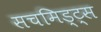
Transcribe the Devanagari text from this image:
सचमिड्ट्स